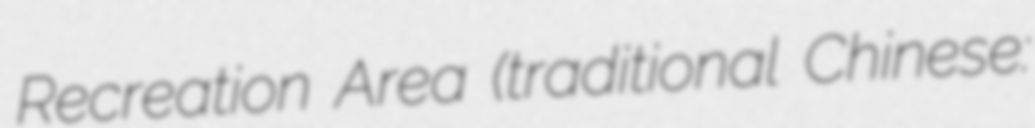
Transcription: Recreation Area (traditional Chinese: